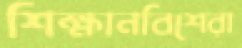
শিক্ষানবিশেরা